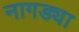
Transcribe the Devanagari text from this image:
नागड्या